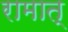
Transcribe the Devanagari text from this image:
रामात्